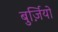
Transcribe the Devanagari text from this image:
बुर्ज़ियो